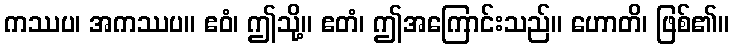
ကဿပ၊ အကဿပ။ ဧဝံ၊ ဤသို့။ ဧတံ၊ ဤအကြောင်းသည်။ ဟောတိ၊ ဖြစ်၏။